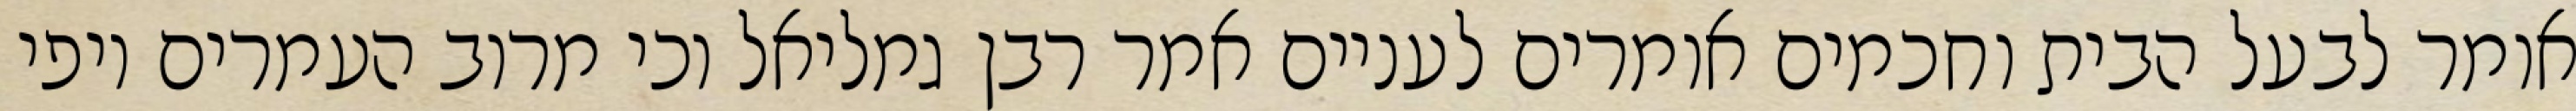
אומר לבעל הבית וחכמים אומרים לעניים אמר רבן גמליאל וכי מרוב העמרים יופי